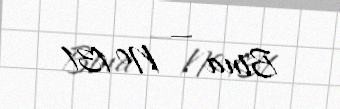
Bina — № 131